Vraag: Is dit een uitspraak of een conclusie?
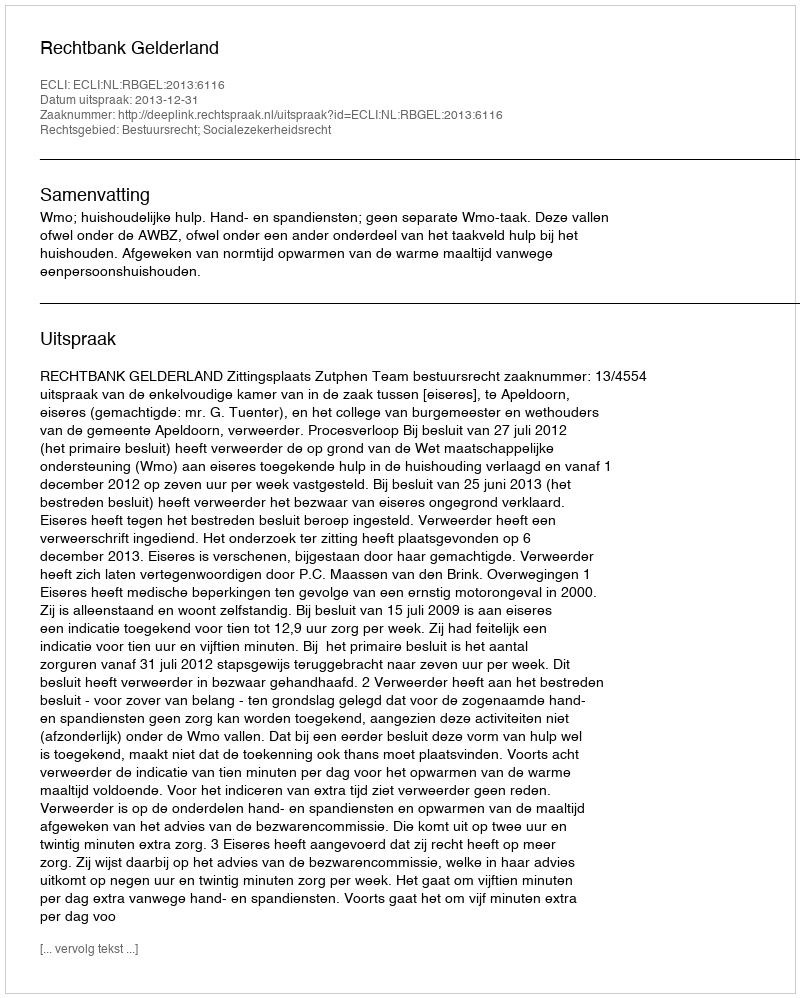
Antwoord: Uitspraak